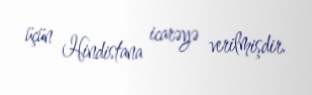
üçün Hindistana icarəyə verilmişdir.